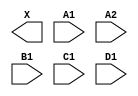
module sky130_fd_sc_hs__a2111o (
    X ,
    A1,
    A2,
    B1,
    C1,
    D1
);

    output X ;
    input  A1;
    input  A2;
    input  B1;
    input  C1;
    input  D1;

    // Voltage supply signals
    supply1 VPWR;
    supply0 VGND;

endmodule